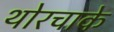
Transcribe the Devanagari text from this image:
थोरचाके